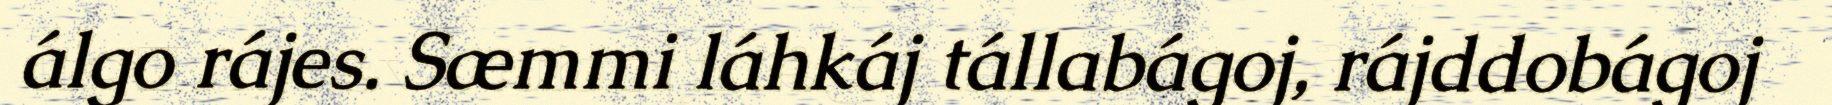
álgo rájes. Sæmmi láhkáj tállabágoj, rájddobágoj